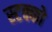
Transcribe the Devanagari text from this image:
स्टक्को